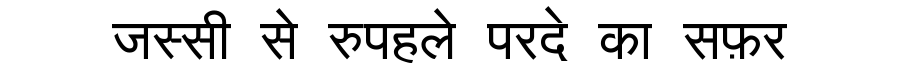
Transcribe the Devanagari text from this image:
जस्सी से रुपहले परदे का सफ़र